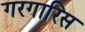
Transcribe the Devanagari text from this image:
गरगारिस